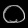
Digit: ၀